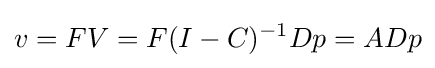
v=FV=F(I-C)^{-1}Dp=ADp